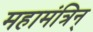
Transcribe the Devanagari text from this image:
महामंत्रिन्‌